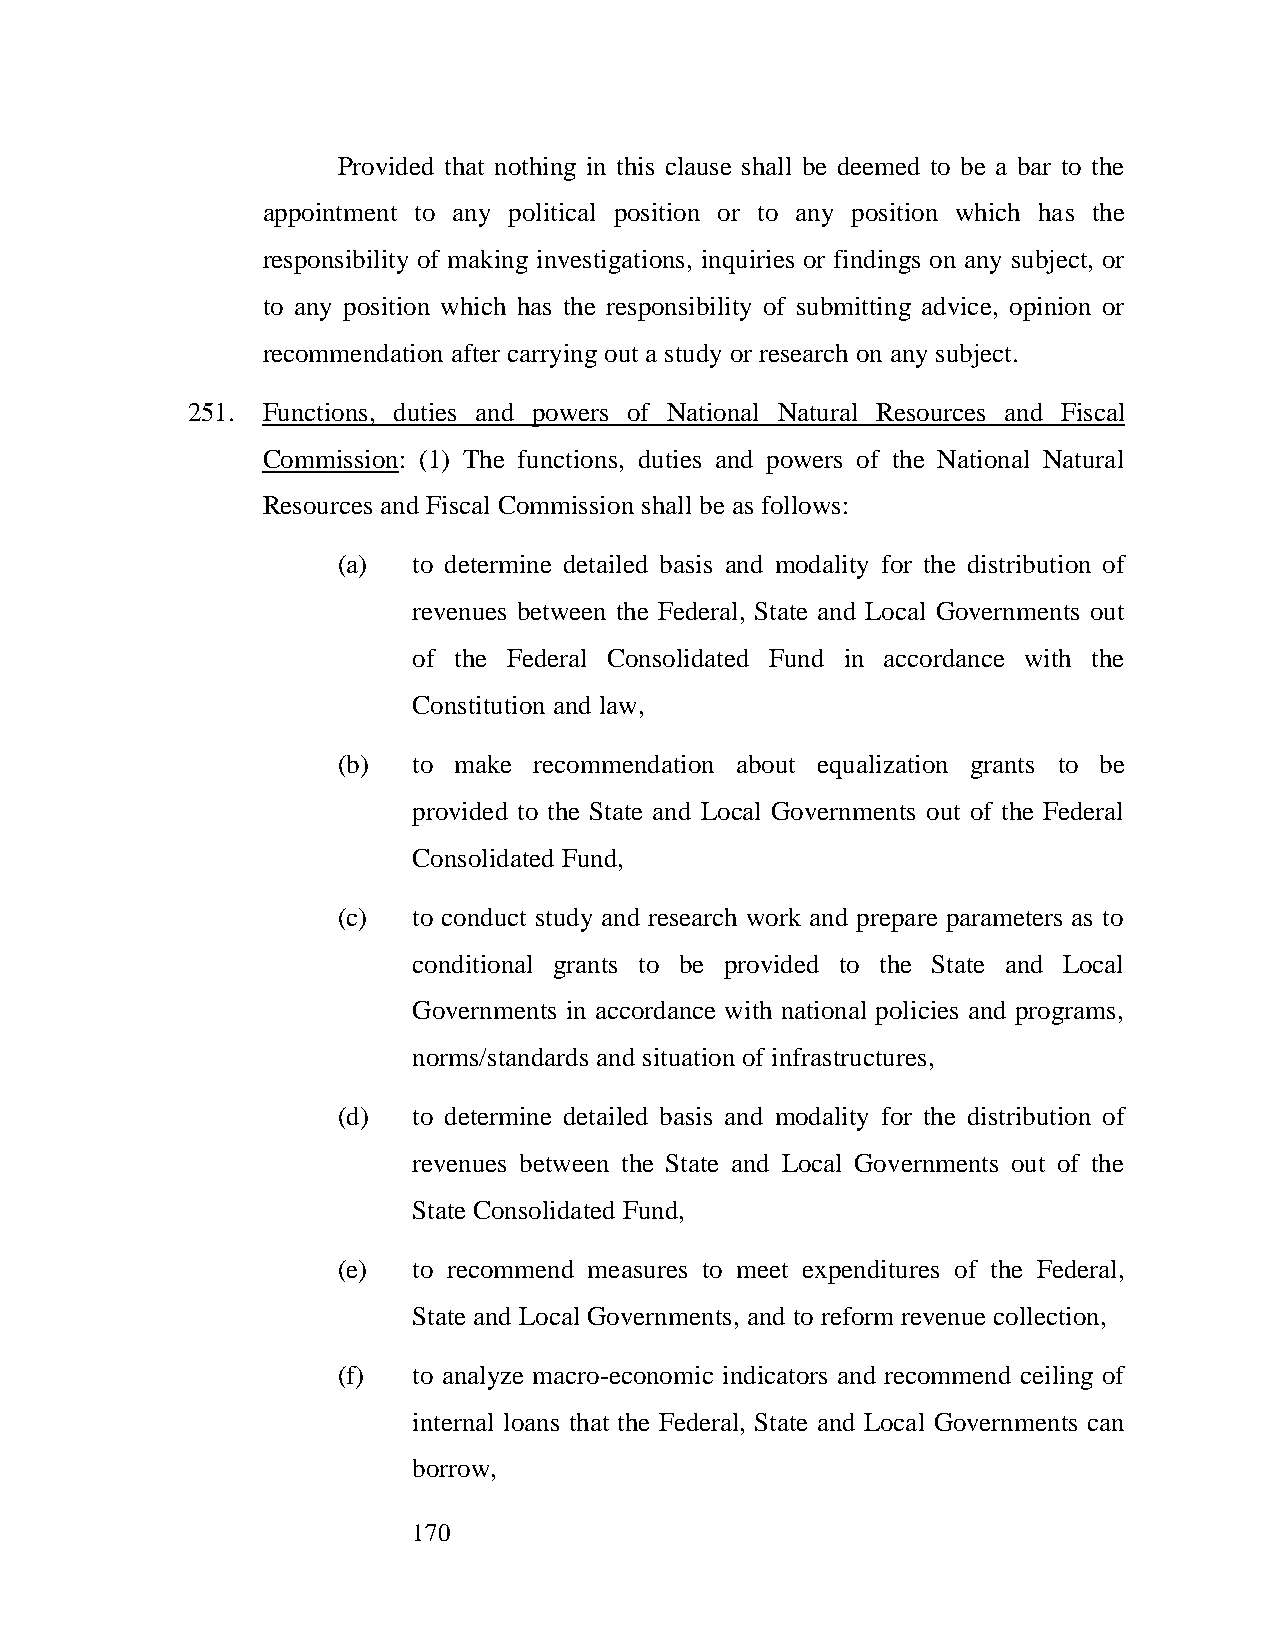
Provided that nothing in this clause shall be deemed to be a bar to the
 appointment to any political position or to any position which has the
 responsibility of making investigations, inquiries or findings on any subject, or
 to any position which has the responsibility of submitting advice, opinion or
 recommendation after carrying out a study or research on any subject.
 251. Functions, duties and powers of National Natural Resources and Fiscal
 Commission: (1) The functions, duties and powers of the National Natural
 Resources and Fiscal Commission shall be as follows:
 (a)  to determine detailed basis and modality for the distribution of
 revenues between the Federal, State and Local Governments out
 of the Federal Consolidated Fund in accordance with the
 Constitution and law,
 (b)  to make recommendation about equalization grants to be
 provided to the State and Local Governments out of the Federal
 Consolidated Fund,
 (c)  to conduct study and research work and prepare parameters as to
 conditional grants to be provided to the State and Local
 Governments in accordance with national policies and programs,
 norms/standards and situation of infrastructures,
 (d)  to determine detailed basis and modality for the distribution of
 revenues between the State and Local Governments out of the
 State Consolidated Fund,
 (e)  to recommend measures to meet expenditures of the Federal,
 State and Local Governments, and to reform revenue collection,
 (f)  to analyze macro-economic indicators and recommend ceiling of
 internal loans that the Federal, State and Local Governments can
 borrow,
 170